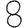
Digit: 8